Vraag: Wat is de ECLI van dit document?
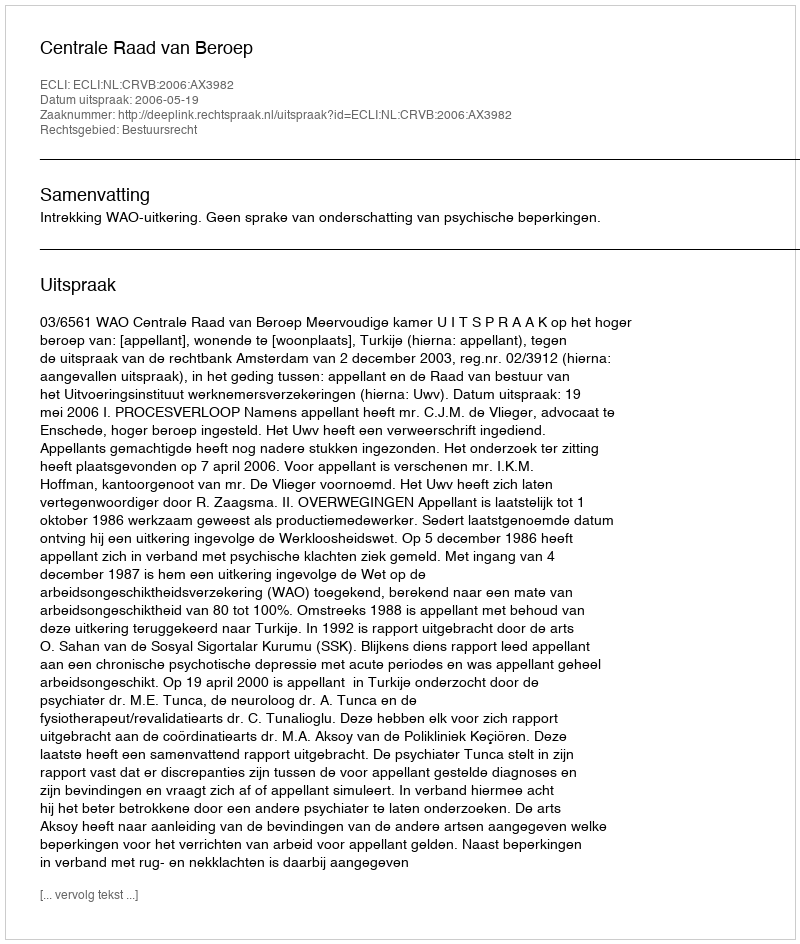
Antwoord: ECLI:NL:CRVB:2006:AX3982